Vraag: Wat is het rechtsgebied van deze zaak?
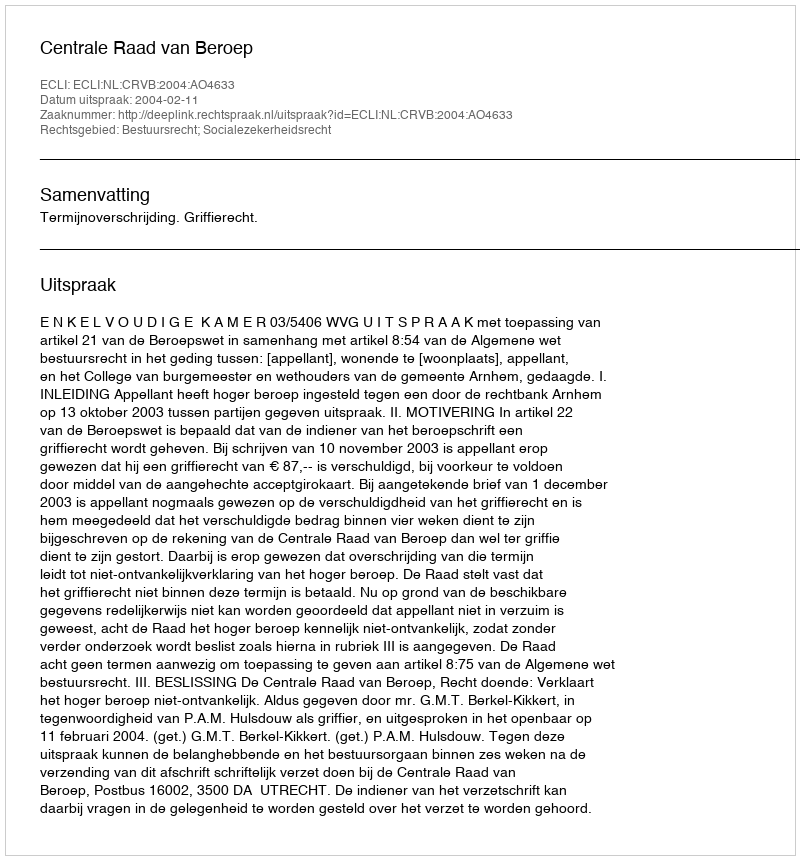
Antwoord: Bestuursrecht; Socialezekerheidsrecht